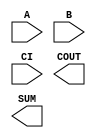
module sky130_fd_sc_ls__fah (
    //# {{data|Data Signals}}
    input  A   ,
    input  B   ,
    input  CI  ,
    output COUT,
    output SUM
);

    // Voltage supply signals
    supply1 VPWR;
    supply0 VGND;
    supply1 VPB ;
    supply0 VNB ;

endmodule